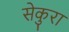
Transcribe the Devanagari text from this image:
सेकुरा